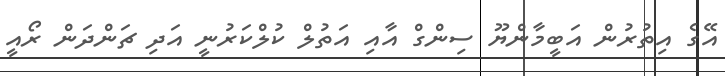
އޭގެ އިތުރުން އަބީމާންޔޫ ސިންގް އާއި އަތުލް ކުލްކަރުނީ އަދި ޗަންދަން ރޯއީ